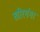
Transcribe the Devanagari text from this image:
खीरगंगा